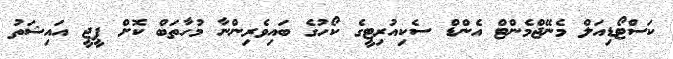
ކަސްޓޯޑިއަލް މެނޭޖްމެންޓް އެންޑް ސެކިއުރިޓީގެ ކޯހުގެ ބައިވެރިންނާ މުހާތަބް ކޮށް ޕީޖީ އައިޝަތު